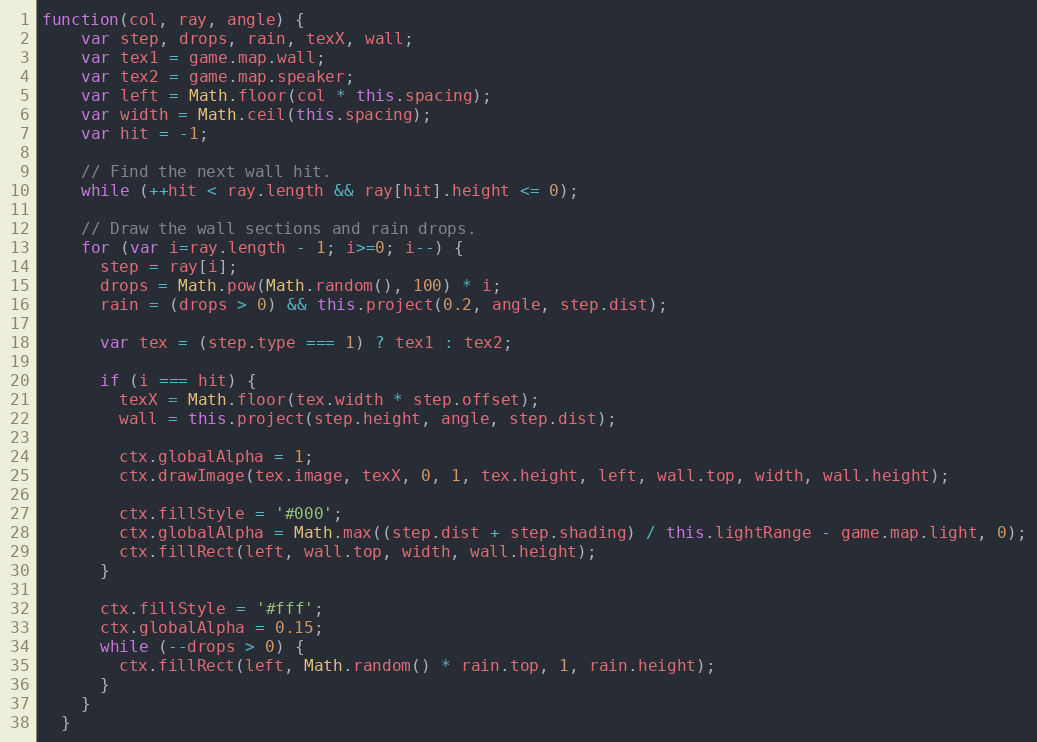
Language: JavaScript
function(col, ray, angle) {
    var step, drops, rain, texX, wall;
    var tex1 = game.map.wall;
    var tex2 = game.map.speaker;
    var left = Math.floor(col * this.spacing);
    var width = Math.ceil(this.spacing);
    var hit = -1;

    // Find the next wall hit.
    while (++hit < ray.length && ray[hit].height <= 0);

    // Draw the wall sections and rain drops.
    for (var i=ray.length - 1; i>=0; i--) {
      step = ray[i];
      drops = Math.pow(Math.random(), 100) * i;
      rain = (drops > 0) && this.project(0.2, angle, step.dist);

      var tex = (step.type === 1) ? tex1 : tex2;

      if (i === hit) {
        texX = Math.floor(tex.width * step.offset);
        wall = this.project(step.height, angle, step.dist);

        ctx.globalAlpha = 1;
        ctx.drawImage(tex.image, texX, 0, 1, tex.height, left, wall.top, width, wall.height);

        ctx.fillStyle = '#000';
        ctx.globalAlpha = Math.max((step.dist + step.shading) / this.lightRange - game.map.light, 0);
        ctx.fillRect(left, wall.top, width, wall.height);
      }

      ctx.fillStyle = '#fff';
      ctx.globalAlpha = 0.15;
      while (--drops > 0) {
        ctx.fillRect(left, Math.random() * rain.top, 1, rain.height);
      }
    }
  }